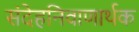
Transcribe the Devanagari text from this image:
संदेहनिवाणार्थक